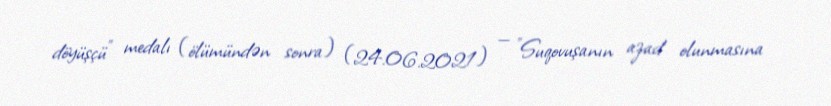
döyüşçü" medalı (ölümündən sonra) (24.06.2021) — "Suqovuşanın azad olunmasına